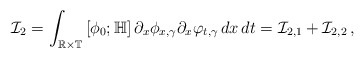
\begin{align*}\mathcal I_2=\int_{\mathbb R\times\mathbb T}\left[\phi_0;\mathbb H\right]\partial_x\phi_{x,\gamma}\partial_x\varphi_{t,\gamma}\,dx\,dt=\mathcal I_{2,1}+\mathcal I_{2,2}\,,\end{align*}